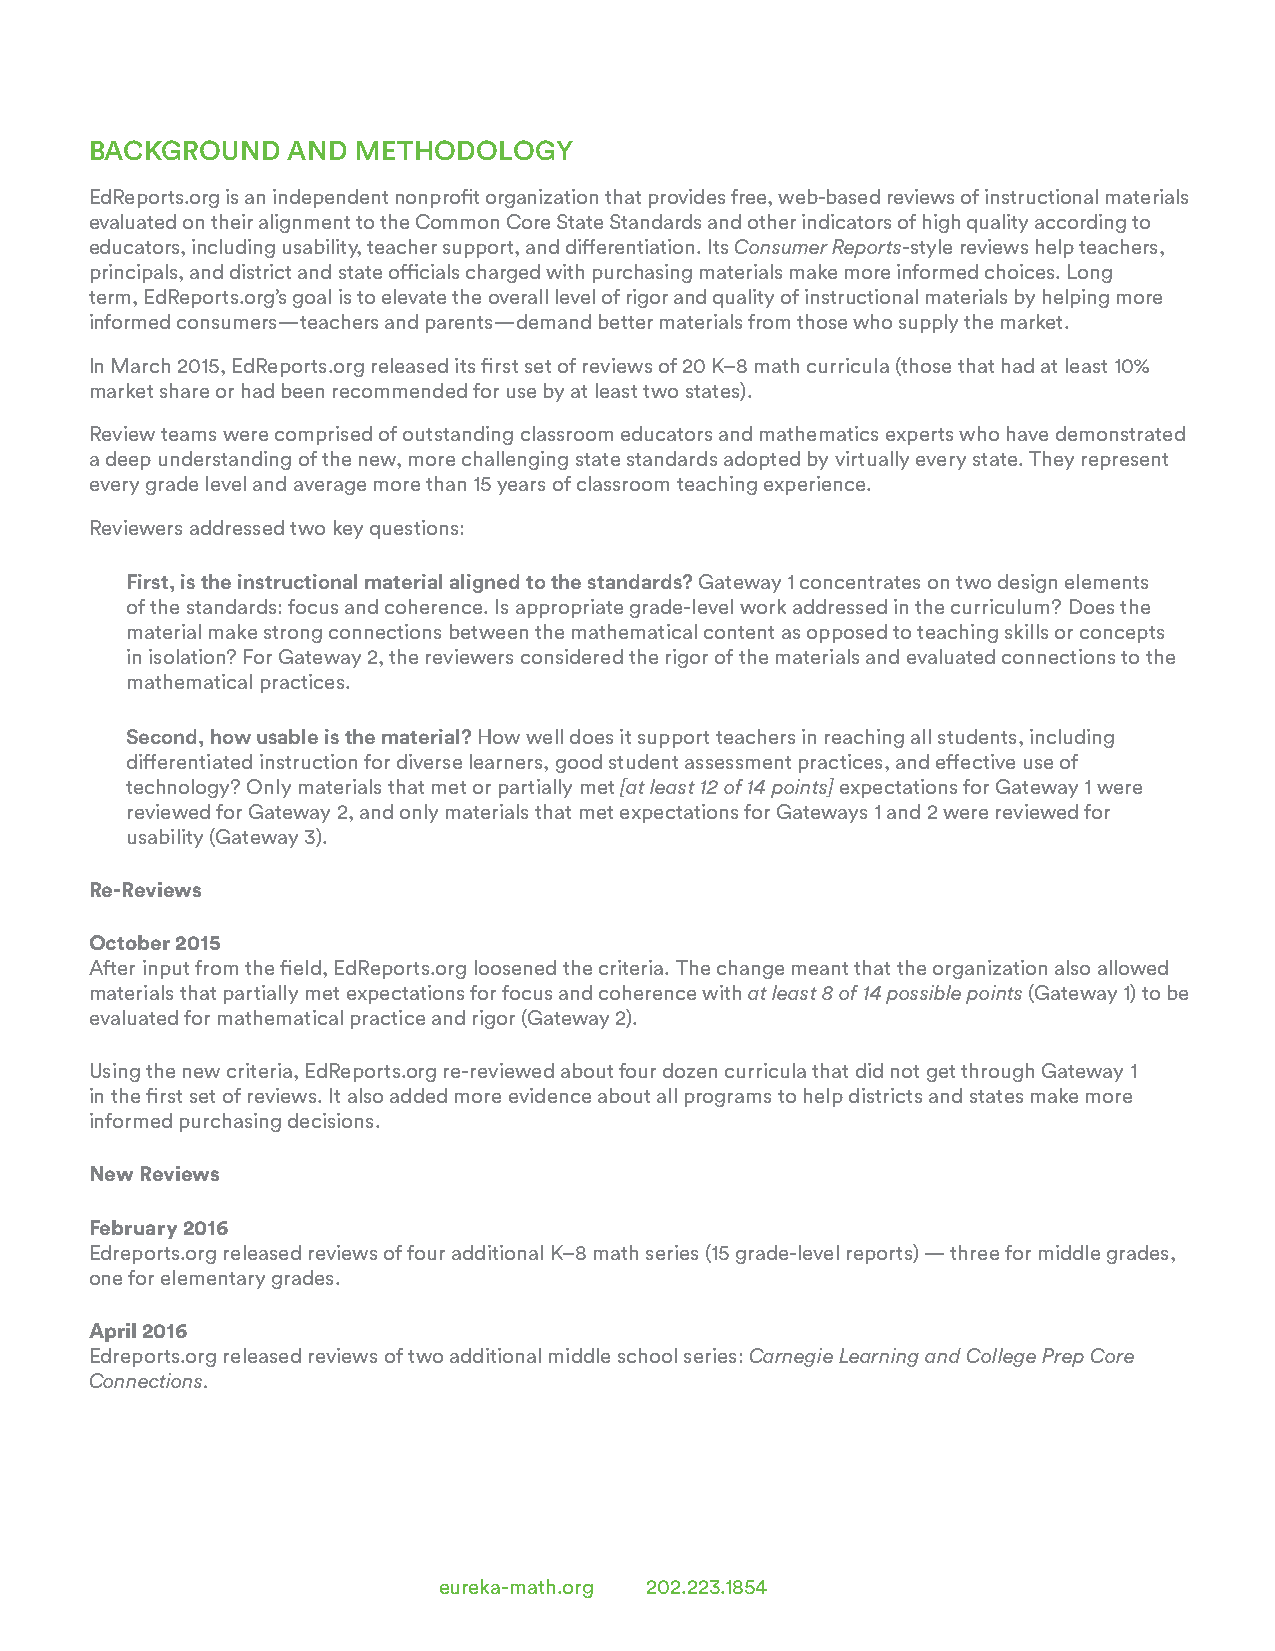
BACKGROUND   AND  METHODOLOGY
 EdReports.org is an independent nonprofit organization that provides free, web-based reviews of instructional materials
 evaluated on their alignment to the Common Core State Standards and other indicators of high quality according to
 educators, including usability, teacher support, and differentiation. Its Consumer Reports-style reviews help teachers,
 principals, and district and state officials charged with purchasing materials make more informed choices. Long
 term, EdReports.org’s goal is to elevate the overall level of rigor and quality of instructional materials by helping more
 informed consumers—teachers and parents—demand better materials from those who supply the market.
 In March 2015, EdReports.org released its first set of reviews of 20 K–8 math curricula (those that had at least 10%
 market share or had been recommended for use by at least two states).
 Review teams were comprised of outstanding classroom educators and mathematics experts who have demonstrated
 a deep understanding of the new, more challenging state standards adopted by virtually every state. They represent
 every grade level and average more than 15 years of classroom teaching experience.
 Reviewers addressed two key questions:
 First, is the instructional material aligned to the standards? Gateway 1 concentrates on two design elements
 of the standards: focus and coherence. Is appropriate grade-level work addressed in the curriculum? Does the
 material make strong connections between the mathematical content as opposed to teaching skills or concepts
 in isolation? For Gateway 2, the reviewers considered the rigor of the materials and evaluated connections to the
 mathematical practices.
 Second, how usable is the material? How well does it support teachers in reaching all students, including
 differentiated instruction for diverse learners, good student assessment practices, and effective use of
 technology? Only materials that met or partially met [at least 12 of 14 points] expectations for Gateway 1 were
 reviewed for Gateway 2, and only materials that met expectations for Gateways 1 and 2 were reviewed for
 usability (Gateway 3).
 Re-Reviews
 October 2015
 After input from the field, EdReports.org loosened the criteria. The change meant that the organization also allowed
 materials that partially met expectations for focus and coherence with at least 8 of 14 possible points (Gateway 1) to be
 evaluated for mathematical practice and rigor (Gateway 2).
 Using the new criteria, EdReports.org re-reviewed about four dozen curricula that did not get through Gateway 1
 in the first set of reviews. It also added more evidence about all programs to help districts and states make more
 informed purchasing decisions.
 New Reviews
 February 2016
 Edreports.org released reviews of four additional K–8 math series (15 grade-level reports) — three for middle grades,
 one for elementary grades.
 April 2016
 Edreports.org released reviews of two additional middle school series: Carnegie Learning and College Prep Core
 Connections.
 eureka-math.org 202.223.1854